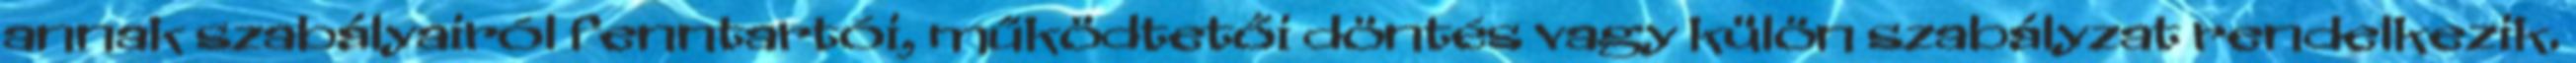
annak szabályairól fenntartói, működtetői döntés vagy külön szabályzat rendelkezik.